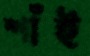
শাঁই